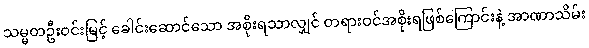
သမ္မတဦးဝင်းမြင့် ခေါင်းဆောင်သော အစိုးရသာလျှင် တရားဝင်အစိုးရဖြစ်ကြောင်းနဲ့ အာဏာသိမ်း